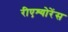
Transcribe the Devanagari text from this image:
रीएश्योरेंस